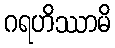
ဂရဟိဿာမိ